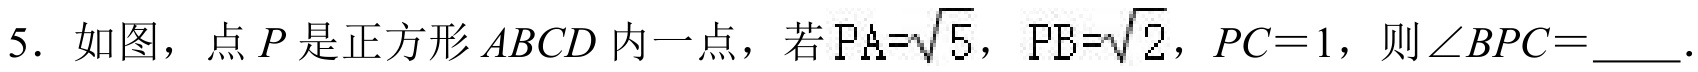
5. 如图，点 \(P\) 是正方形 \(ABCD\) 内一点，若 \(PA=\sqrt{5}\)，\(PB=\sqrt{2}\)，\(PC = 1\)，则\(\angle BPC=\underline{\quad\quad}\)．